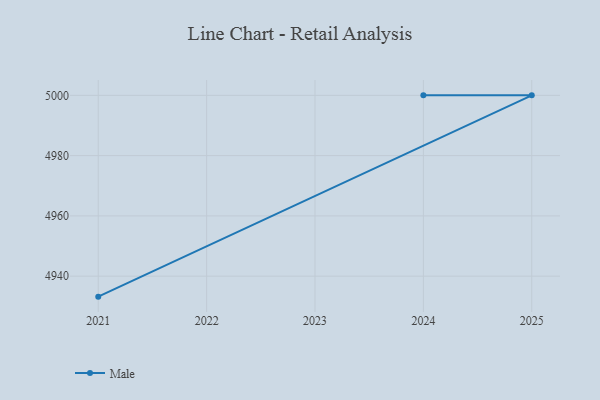
{"axis": {"x": "Year", "y": "Revenue (USD Million)"}, "legend": ["Male"], "data": [{"x": "2021", "y": 4933.2, "type": "Male"}, {"x": "2025", "y": 5000, "type": "Male"}, {"x": "2024", "y": 5000, "type": "Male"}]}